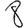
Digit: 8